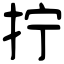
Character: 拧